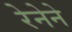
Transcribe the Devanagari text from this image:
रेनेने